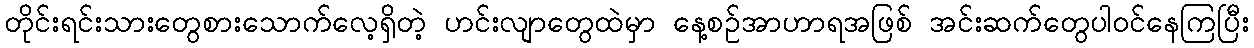
တိုင်းရင်းသားတွေစားသောက်လေ့ရှိတဲ့ ဟင်းလျာတွေထဲမှာ နေ့စဉ်အာဟာရအဖြစ် အင်းဆက်တွေပါဝင်နေကြပြီး